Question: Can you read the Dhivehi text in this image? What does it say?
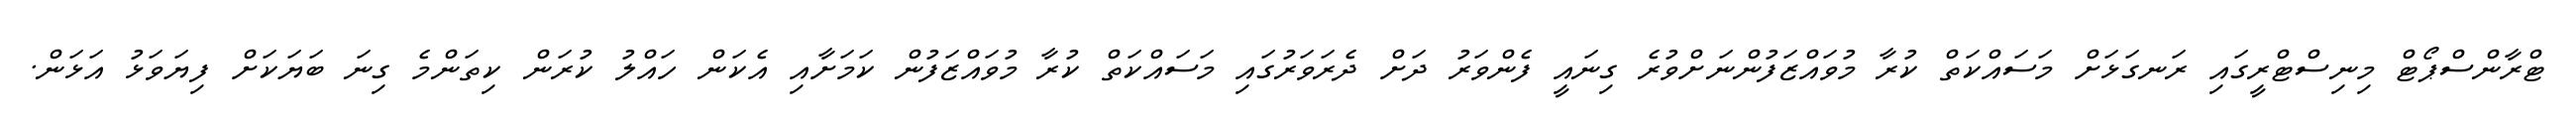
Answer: ޓްރާންސްޕޯޓް މިނިސްޓްރީގައި ރަނގަޅަށް މަސައްކަތް ކުރާ މުވައްޒަފުންނަށްވުރެ ގިނައީ ފެންވަރު ދަށް ދެރަވަރުގައި މަސައްކަތް ކުރާ މުވައްޒަފުން ކަމަށާއި އެކަން ހައްލު ކުރަން ކިތަންމެ ގިނަ ބަޔަކަށް ފިޔަވަޅު އަޅަން.